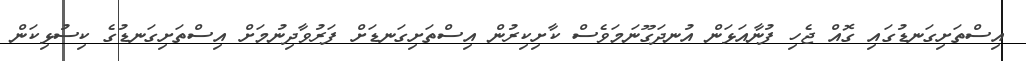
އިސްތަށިގަނޑުގައި ގޮއް ޖެހި ފުނާއަޅަން އުނދަގޫނަމަވެސް ކާށިކިރުން އިސްތަށިގަނޑަށް ފަރުވާދިނުމަށް އިސްތަށިގަނޑުގެ ކިސުޅިކަން